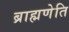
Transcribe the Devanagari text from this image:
ब्राह्मणेति